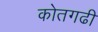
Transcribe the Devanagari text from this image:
कोतगढी